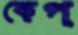
কেপ